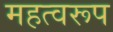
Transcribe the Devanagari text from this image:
महत्वरूप